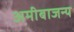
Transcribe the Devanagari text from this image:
अमीबाजन्य